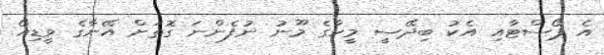
އެ ޕޯސްޓާއި އެކު ބިދޭސީ މީހާގެ މޫނު ނުފެންނަ ގޮތަށް އޭނާގެ ވީޑިއޯ